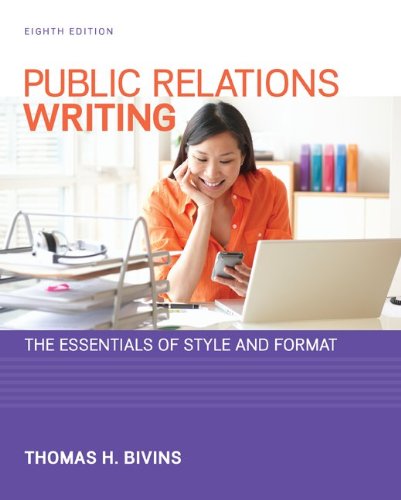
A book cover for Public Relations Writing: The Essentials of Style and Format; Thomas Bivins; Business & Money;